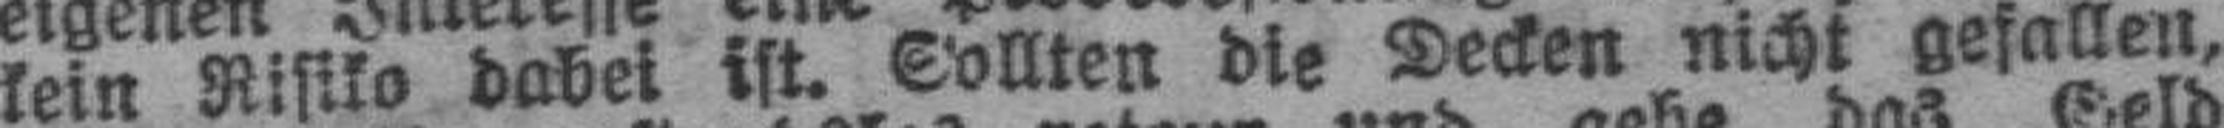
kein Risiko dabei ist. Sollten die Decken nicht gefallen,